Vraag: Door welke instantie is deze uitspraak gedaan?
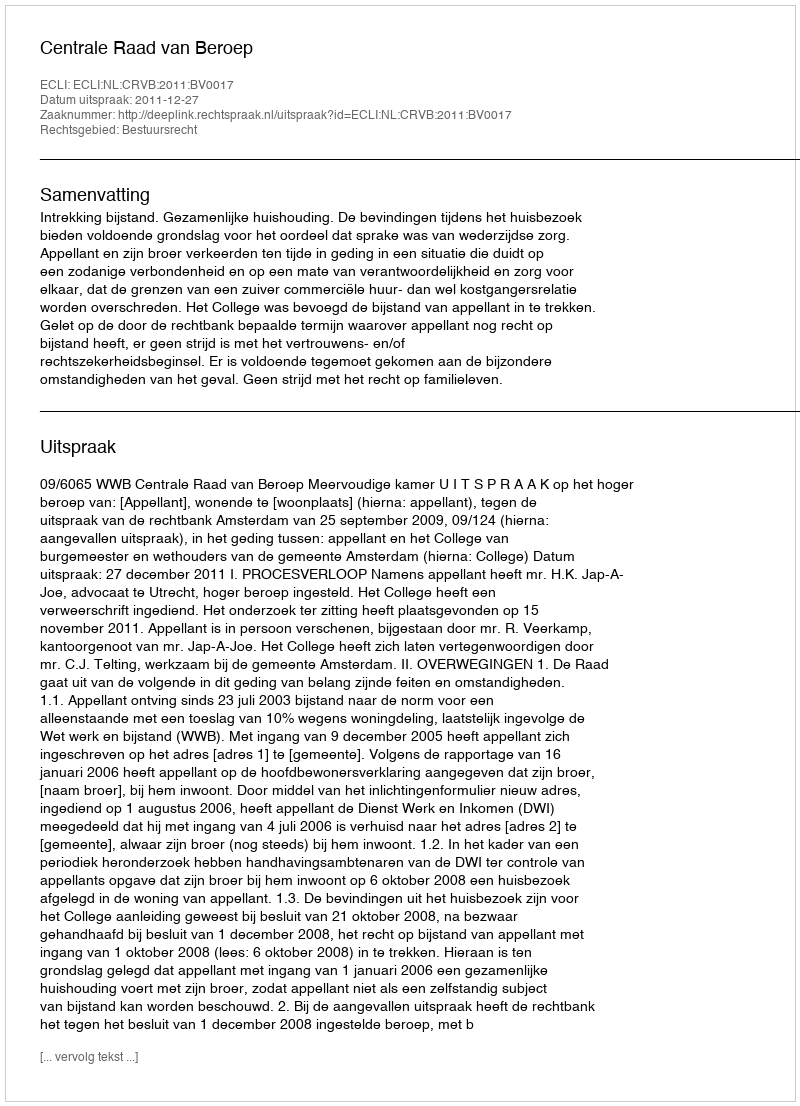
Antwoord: Centrale Raad van Beroep